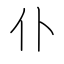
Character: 仆